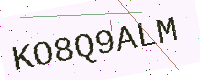
Text: KO8Q9ALM